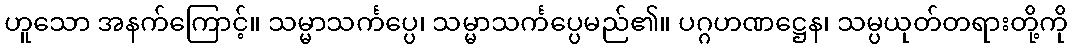
ဟူသော အနက်ကြောင့်။ သမ္မာသင်္ကပ္ပေ၊ သမ္မာသင်္ကပ္ပေမည်၏။ ပဂ္ဂဟဏဋ္ဌေန၊ သမ္ပယုတ်တရားတို့ကို